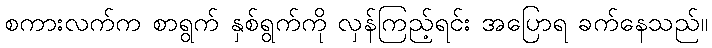
စကားလက်က စာရွက် နှစ်ရွက်ကို လှန်ကြည့်ရင်း အပြောရ ခက်နေသည်။